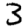
Digit: 3